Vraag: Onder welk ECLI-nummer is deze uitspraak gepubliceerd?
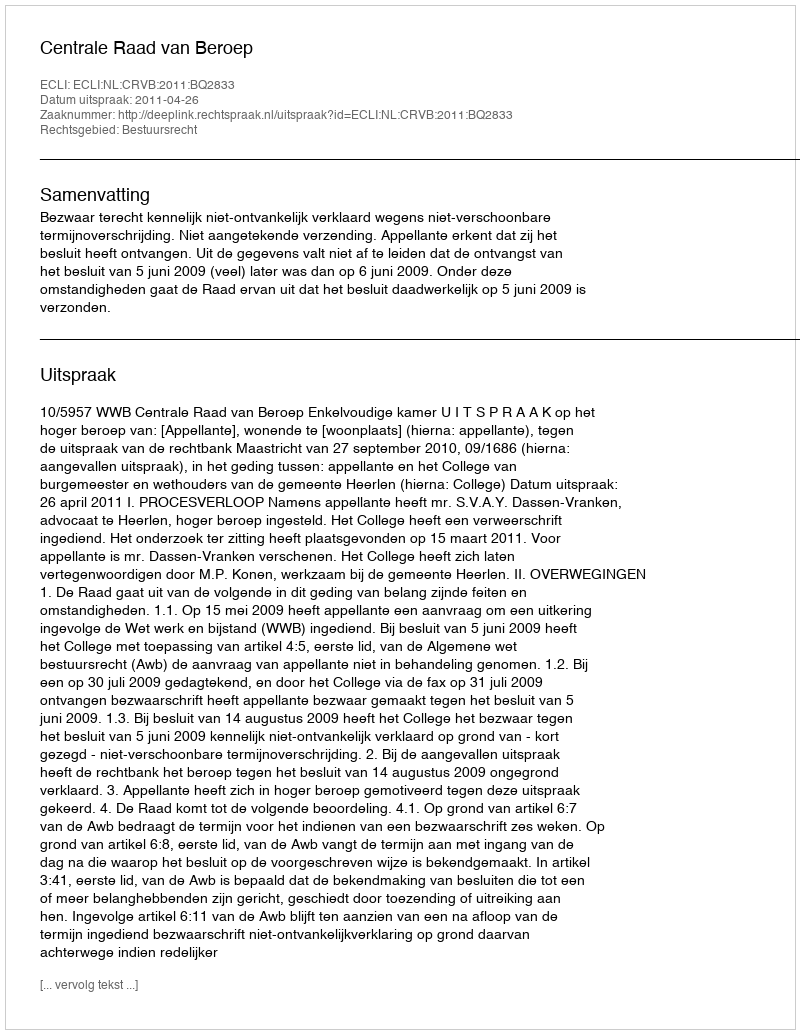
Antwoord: ECLI:NL:CRVB:2011:BQ2833